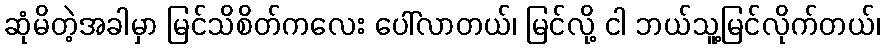
ဆုံမိတဲ့အခါမှာ မြင်သိစိတ်ကလေး ပေါ်လာတယ်၊ မြင်လို့ ငါ ဘယ်သူ့မြင်လိုက်တယ်၊